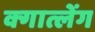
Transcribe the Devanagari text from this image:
क्गात्लेंग